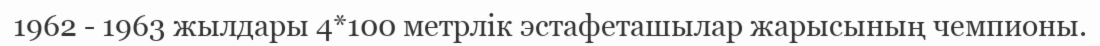
1962 - 1963 жылдары 4*100 метрлік эстафеташылар жарысының чемпионы.